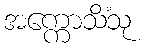
အက္ကောသိံသု